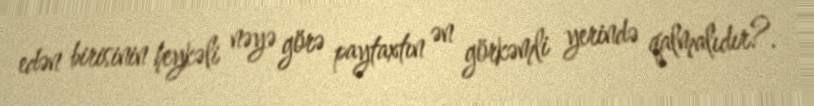
edən birisinin heykəli nəyə görə paytaxtın ən görkəmli yerində qalmalıdır?.